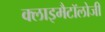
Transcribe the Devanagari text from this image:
क्लाइमैटॉलोजी